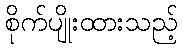
စိုက်ပျိုးထားသည့်